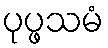
ပုပ္ဖသမံ